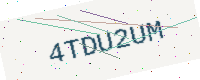
Text: 4TDU2UM